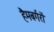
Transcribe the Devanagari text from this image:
हैमबर्गरों